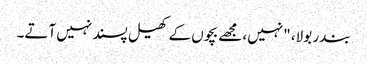
بندر بولا، "نہیں، مجھے بچوں کے کھیل پسند نہیں آتے۔